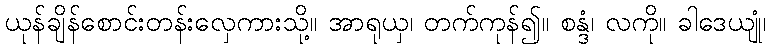
ယုန်ချိန်စောင်းတန်းလှေကားသို့။ အာရုယှ၊ တက်ကုန်၍။ စန္ဒံ၊ လကို။ ခါဒေယျုံ၊